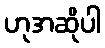
ဟုအဆိုပါ